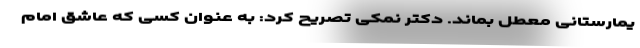
یمارستانی معطل بماند. دکتر نمکی تصریح کرد: به عنوان کسی که عاشق امام